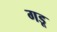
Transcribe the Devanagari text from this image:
गडू